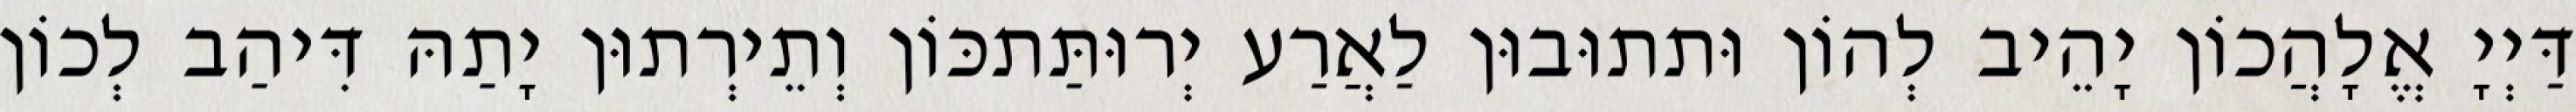
דַּיְיָ אֱלָהֲכוֹן יָהֵיב לְהוֹן וּתתוּבוּן לַאֲרַע יְרוּתַּתכּוֹן וְתֵירְתוּן יָתַהּ דִּיהַב לְכוֹן